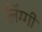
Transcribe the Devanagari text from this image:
लिंग्गी